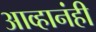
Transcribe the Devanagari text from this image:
आव्हानंही